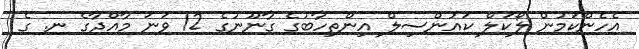
އެހެންކަމުން ލޯކަލް ކައުންސިލް އިންތިހާބުގެ ގާނޫނުގެ 12 ވަނަ މާއްދާގެ ނ. ގެ